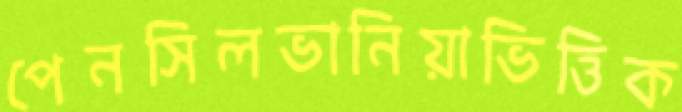
পেনসিলভানিয়াভিত্তিক